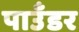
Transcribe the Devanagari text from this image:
पाउँडर